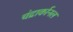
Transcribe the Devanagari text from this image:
चंद्रार्कानल